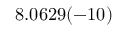
8 . 0 6 2 9 ( - 1 0 )